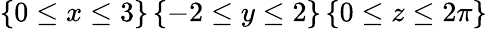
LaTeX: \left\{ 0\leq x\leq 3\right\} \left\{ -2\leq y\leq 2\right\} \left\{ 0\leq z\leq 2\pi\right\}